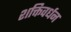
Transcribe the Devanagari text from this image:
शक्तिवर्धन